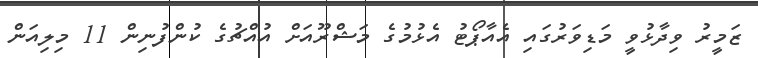
ޒަމީރު ވިދާޅުވީ މަޑިވަރުގައި އެއާޕޯޓު އެޅުމުގެ މަޝްރޫއަށް އުއްޗުގެ ކުންފުނިން 11 މިލިއަން